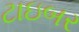
ટાઇબર